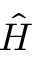
\hat { H }